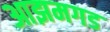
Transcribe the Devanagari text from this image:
आझमगड